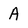
Character: A